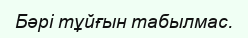
Бәрі тұйғын табылмас.